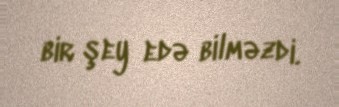
bir şey edə bilməzdi.